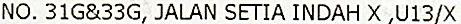
NO. 31G&33G, JALAN SETIA INDAH X ,U13/X